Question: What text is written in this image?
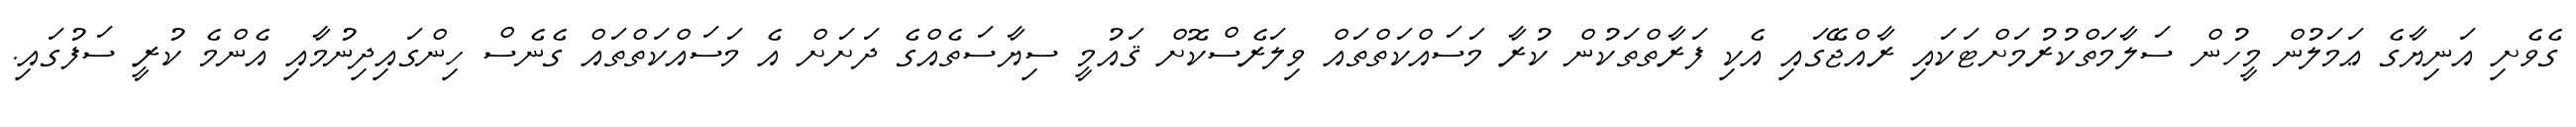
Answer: ގެވެށި އަނިޔާގެ ޢަމަލުން މީހުން ސަލާމަތްކުރުމަށްޓަކައި ރާއްޖޭގައި އެކި ފަރާތްތަކުން ކުރާ މަސައްކަތްތައް ވިލަރެސްކޮށް ޤައުމީ ސިޔާސަތެއްގެ ދަށަށް އެ މަސައްކަތްތައް ގެނެސް ހިންގައިދިނުމާއި އެންމެ ކުރީ ސަފުގައި.